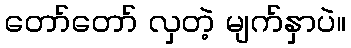
တော်တော် လှတဲ့ မျက်နှာပဲ။